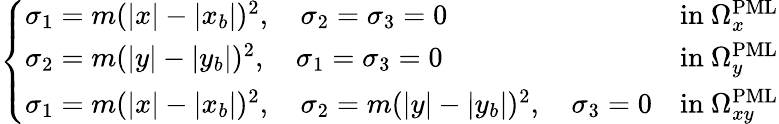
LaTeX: \left\{ \begin{array}{ll}{\sigma_{1}=m(|x|-|x_{b}|)^{2},\quad\sigma_{2}=\sigma_{3}=0}&{\mathrm{in~}\Omega_{x}^{\mathrm{PML}}}\\ {\sigma_{2}=m(|y|-|y_{b}|)^{2},\quad\sigma_{1}=\sigma_{3}=0}&{\mathrm{in~}\Omega_{y}^{\mathrm{PML}}}\\ {\sigma_{1}=m(|x|-|x_{b}|)^{2},\quad\sigma_{2}=m(|y|-|y_{b}|)^{2},\quad\sigma_{3}=0}&{\mathrm{in~}\Omega_{xy}^{\mathrm{PML}}}\end{array}\right.